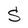
Character: S